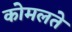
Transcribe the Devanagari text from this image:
कोमलते